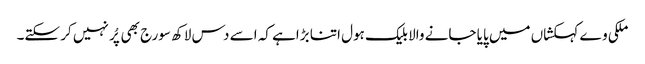
ملکی وے کہکشاں میں پایا جانے والا بلیک ہول اتنا بڑاہے کہ اسے دس لاکھ سورج بھی پُر نہیں کر سکتے۔